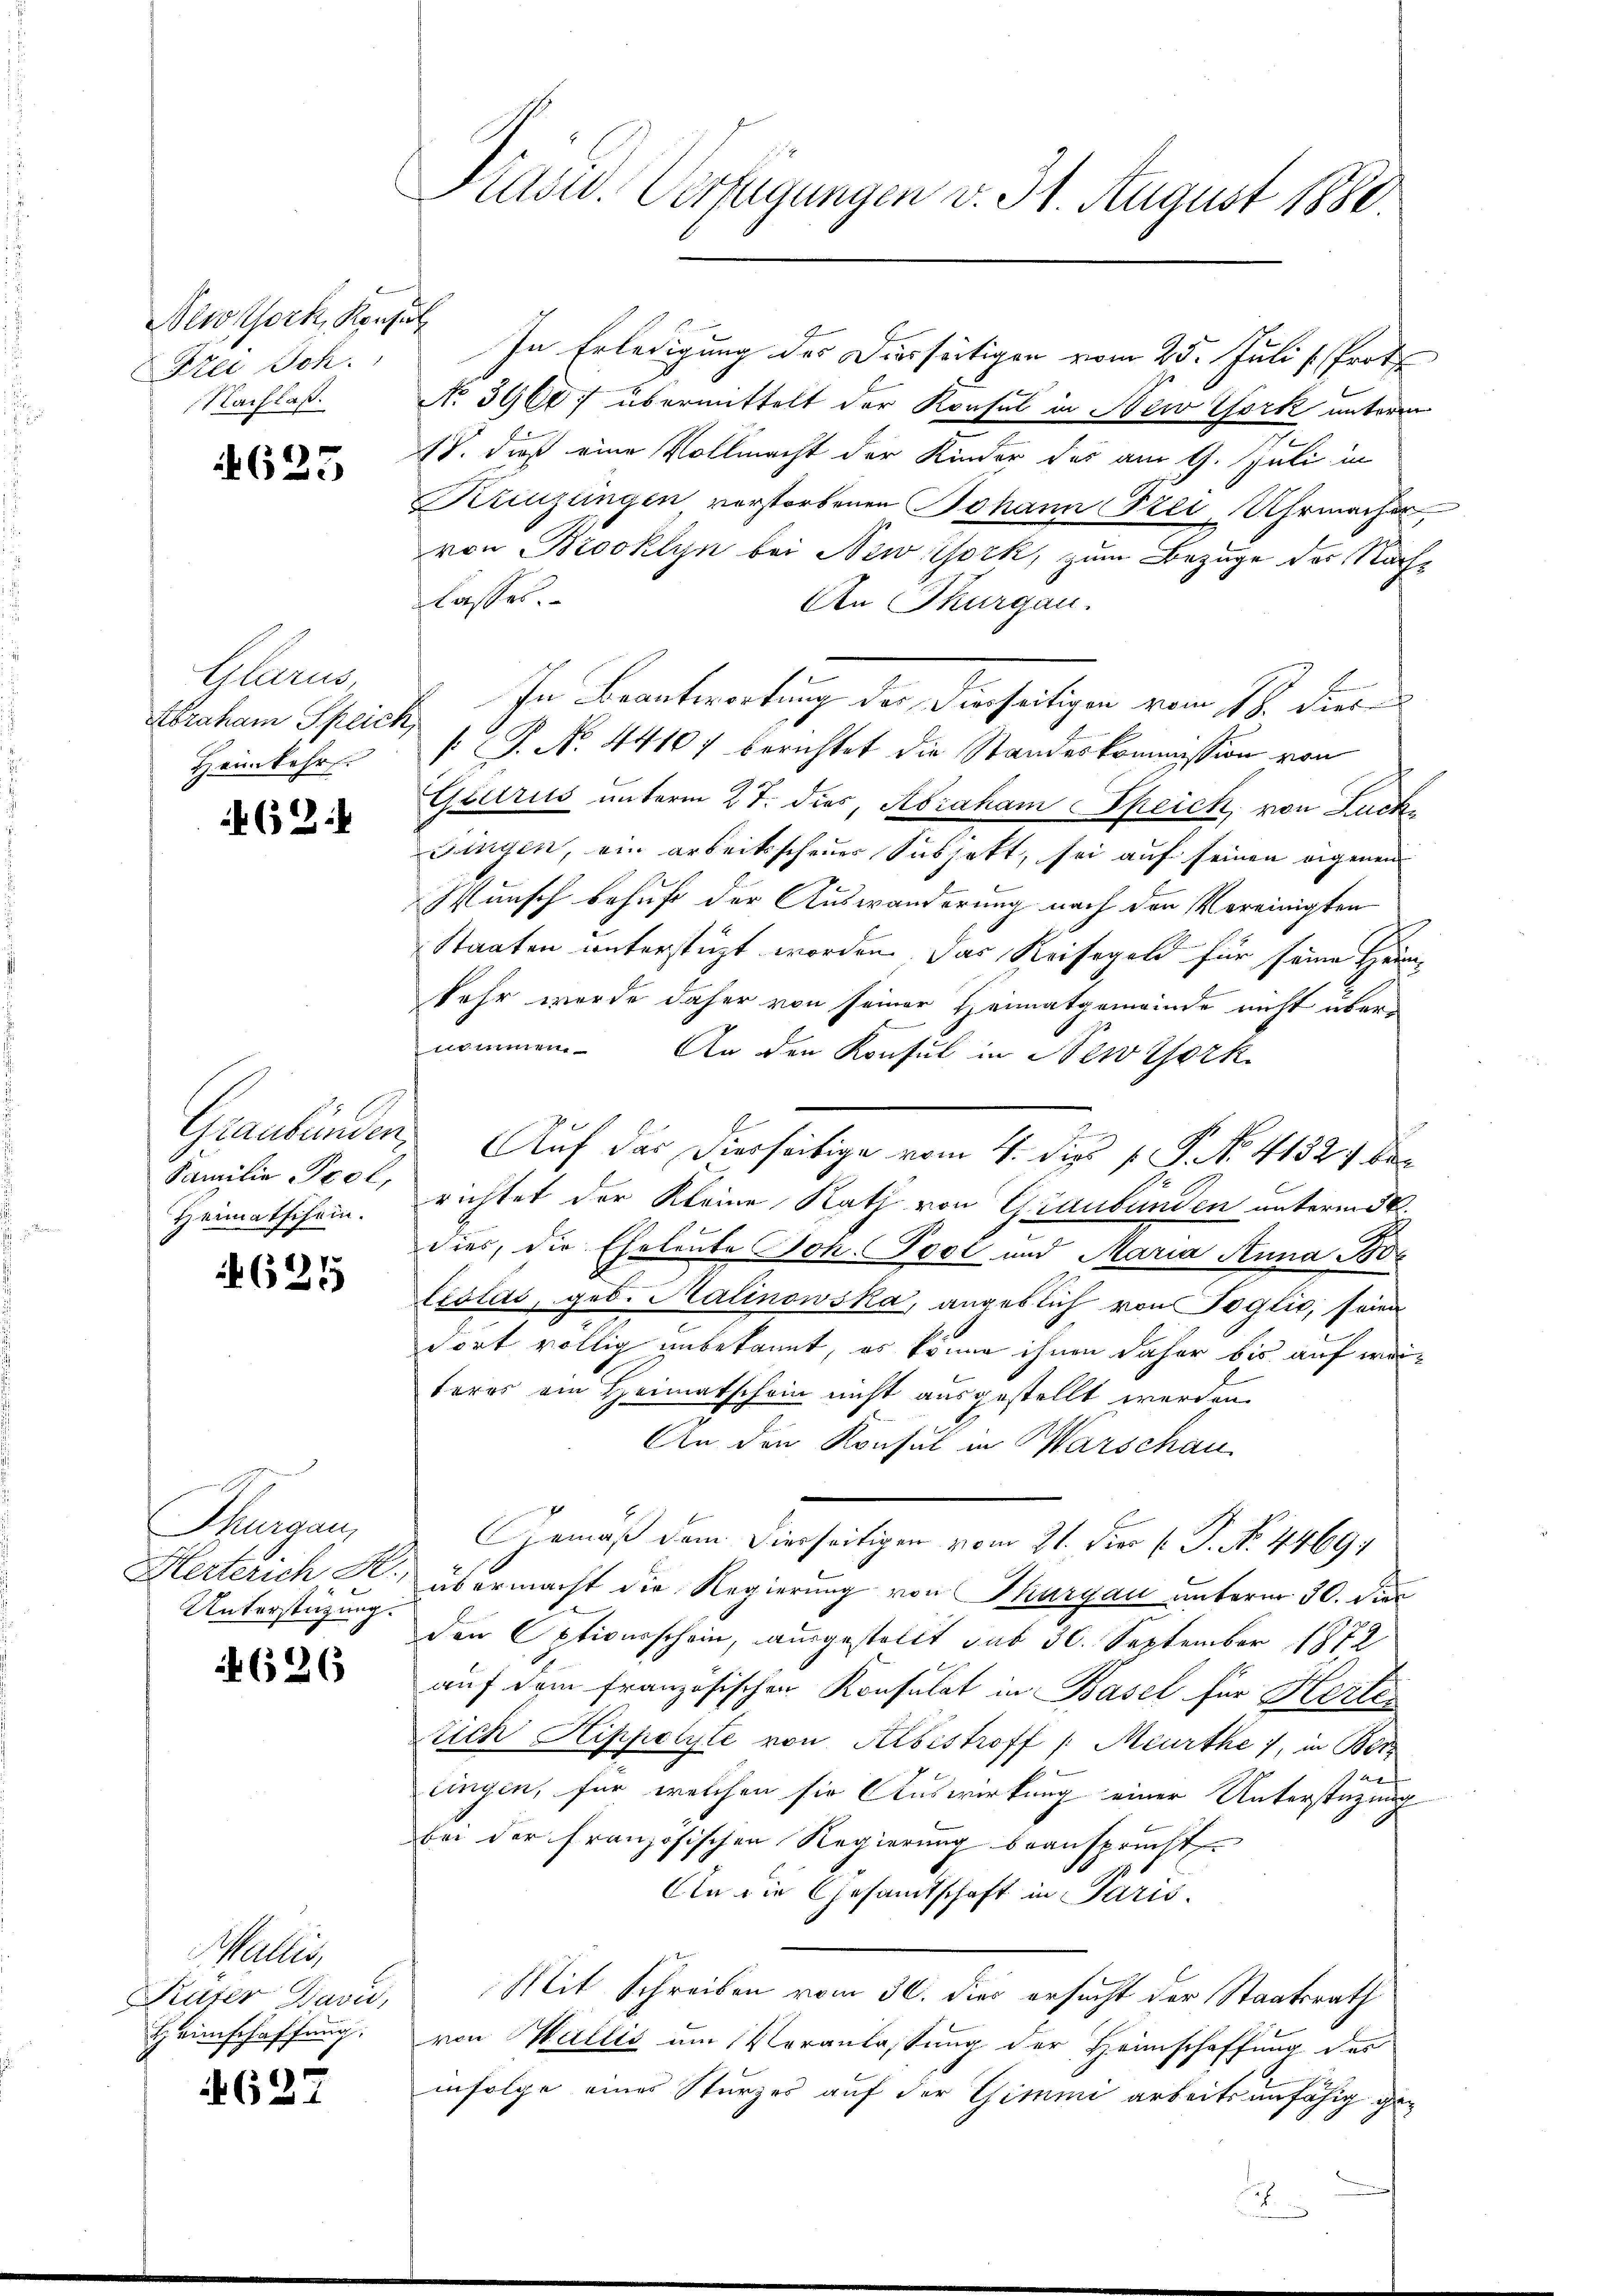
Newtork, Konsul
Frei Joh.

4623

Gler
Abraham Speich
Heimkehr.

(2.

Heimatschein.

625

Thurgau,
Unterstüzung.

626

ler
Heimschaffung.

627

Präsid. Verfügungen v. 31. August 1880.

In Erledigung des Diesseitigen vom 25. Juli [Proto
Nachlaß No 3900 f übermittelt der Konsul in New York unterm
18. dieß eine Vollmacht der Kinder des am 9. Juli in
Kreuzlingen verstorbenen Johann Frei Uhrmacher,
von Brooklyn bei New York, zum Bezuge der Nachlasses.
An Thurgau.
In Beantwortung der Dierseitigen vom 18. dies
[ P. N. 4410) berichtet die Standeskommission von
Guurus unterm 27. dies, Abraham Speick, von Zuck
Fingen, ein arbeitsscheuer Subjekt, sei auf seinen eigenen
Wunsch behuf der Auswanderung nach den Vereinigten
Staaten unterstüzt worden. Das Reisegeld für seine Heim¬
Sehr wurde daher von seiner Heimatgemeinde nicht überd
6
E
nommen. An den Konsul in New York
Graubünden. Auf das Dierseitige vom 4. di v. J. No. 41524 be
Familie Tee, richtet der Kleine Rath von Graubünden untermit
dies, die Eheleute Joh. Pool und Maria Anna Botolds, geb. Halinowska, angeblich von Toglio, seien
dort völlig unbekannt, es könne ihnen daher bis auf weiteres am Heimatschein nicht ausgestellt werden.
An den Konsul in Warschau
Gemäß dem hierseitigen vom 21. Dies k. P. No. 4469
Herterich R. übermacht die Regierung von Thurgau unterm 30. Dien
den Optionsschein, ausgestellt sub 30. September 1872
auf dem französischen Konsulat in Basel für Herten
rich Hippolyte von Albestroff /: Meurthe 7, in Ber
l
lingen, für welchen sie Auswirkung einer Unterstüzung
bei der französischen Regierung beansprucht
An die Gesamtschaft in Paris.
Kaser David, Mit Schreiben vom 30. dies ersucht der Staatsrath
von Wallis am Veranlassung der Heimschaffung des
infolge eines Sturzes auf der Gimmi arbeitsunfähig ge¬
Jah